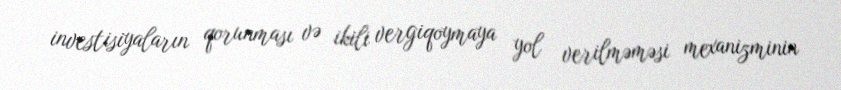
investisiyaların qorunması və ikili vergiqoymaya yol verilməməsi mexanizminin